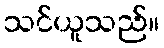
သင်ယူသည်။